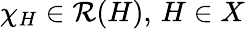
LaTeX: \chi_{H}\in{\mathcal{R}}(H),\, H\in X